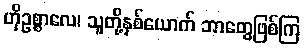
ဟိုဥစ္စာလေ၊ သူတို့နှစ်ယောက် ဘာတွေဖြစ်ကြ